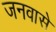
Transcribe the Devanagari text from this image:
जनवासे